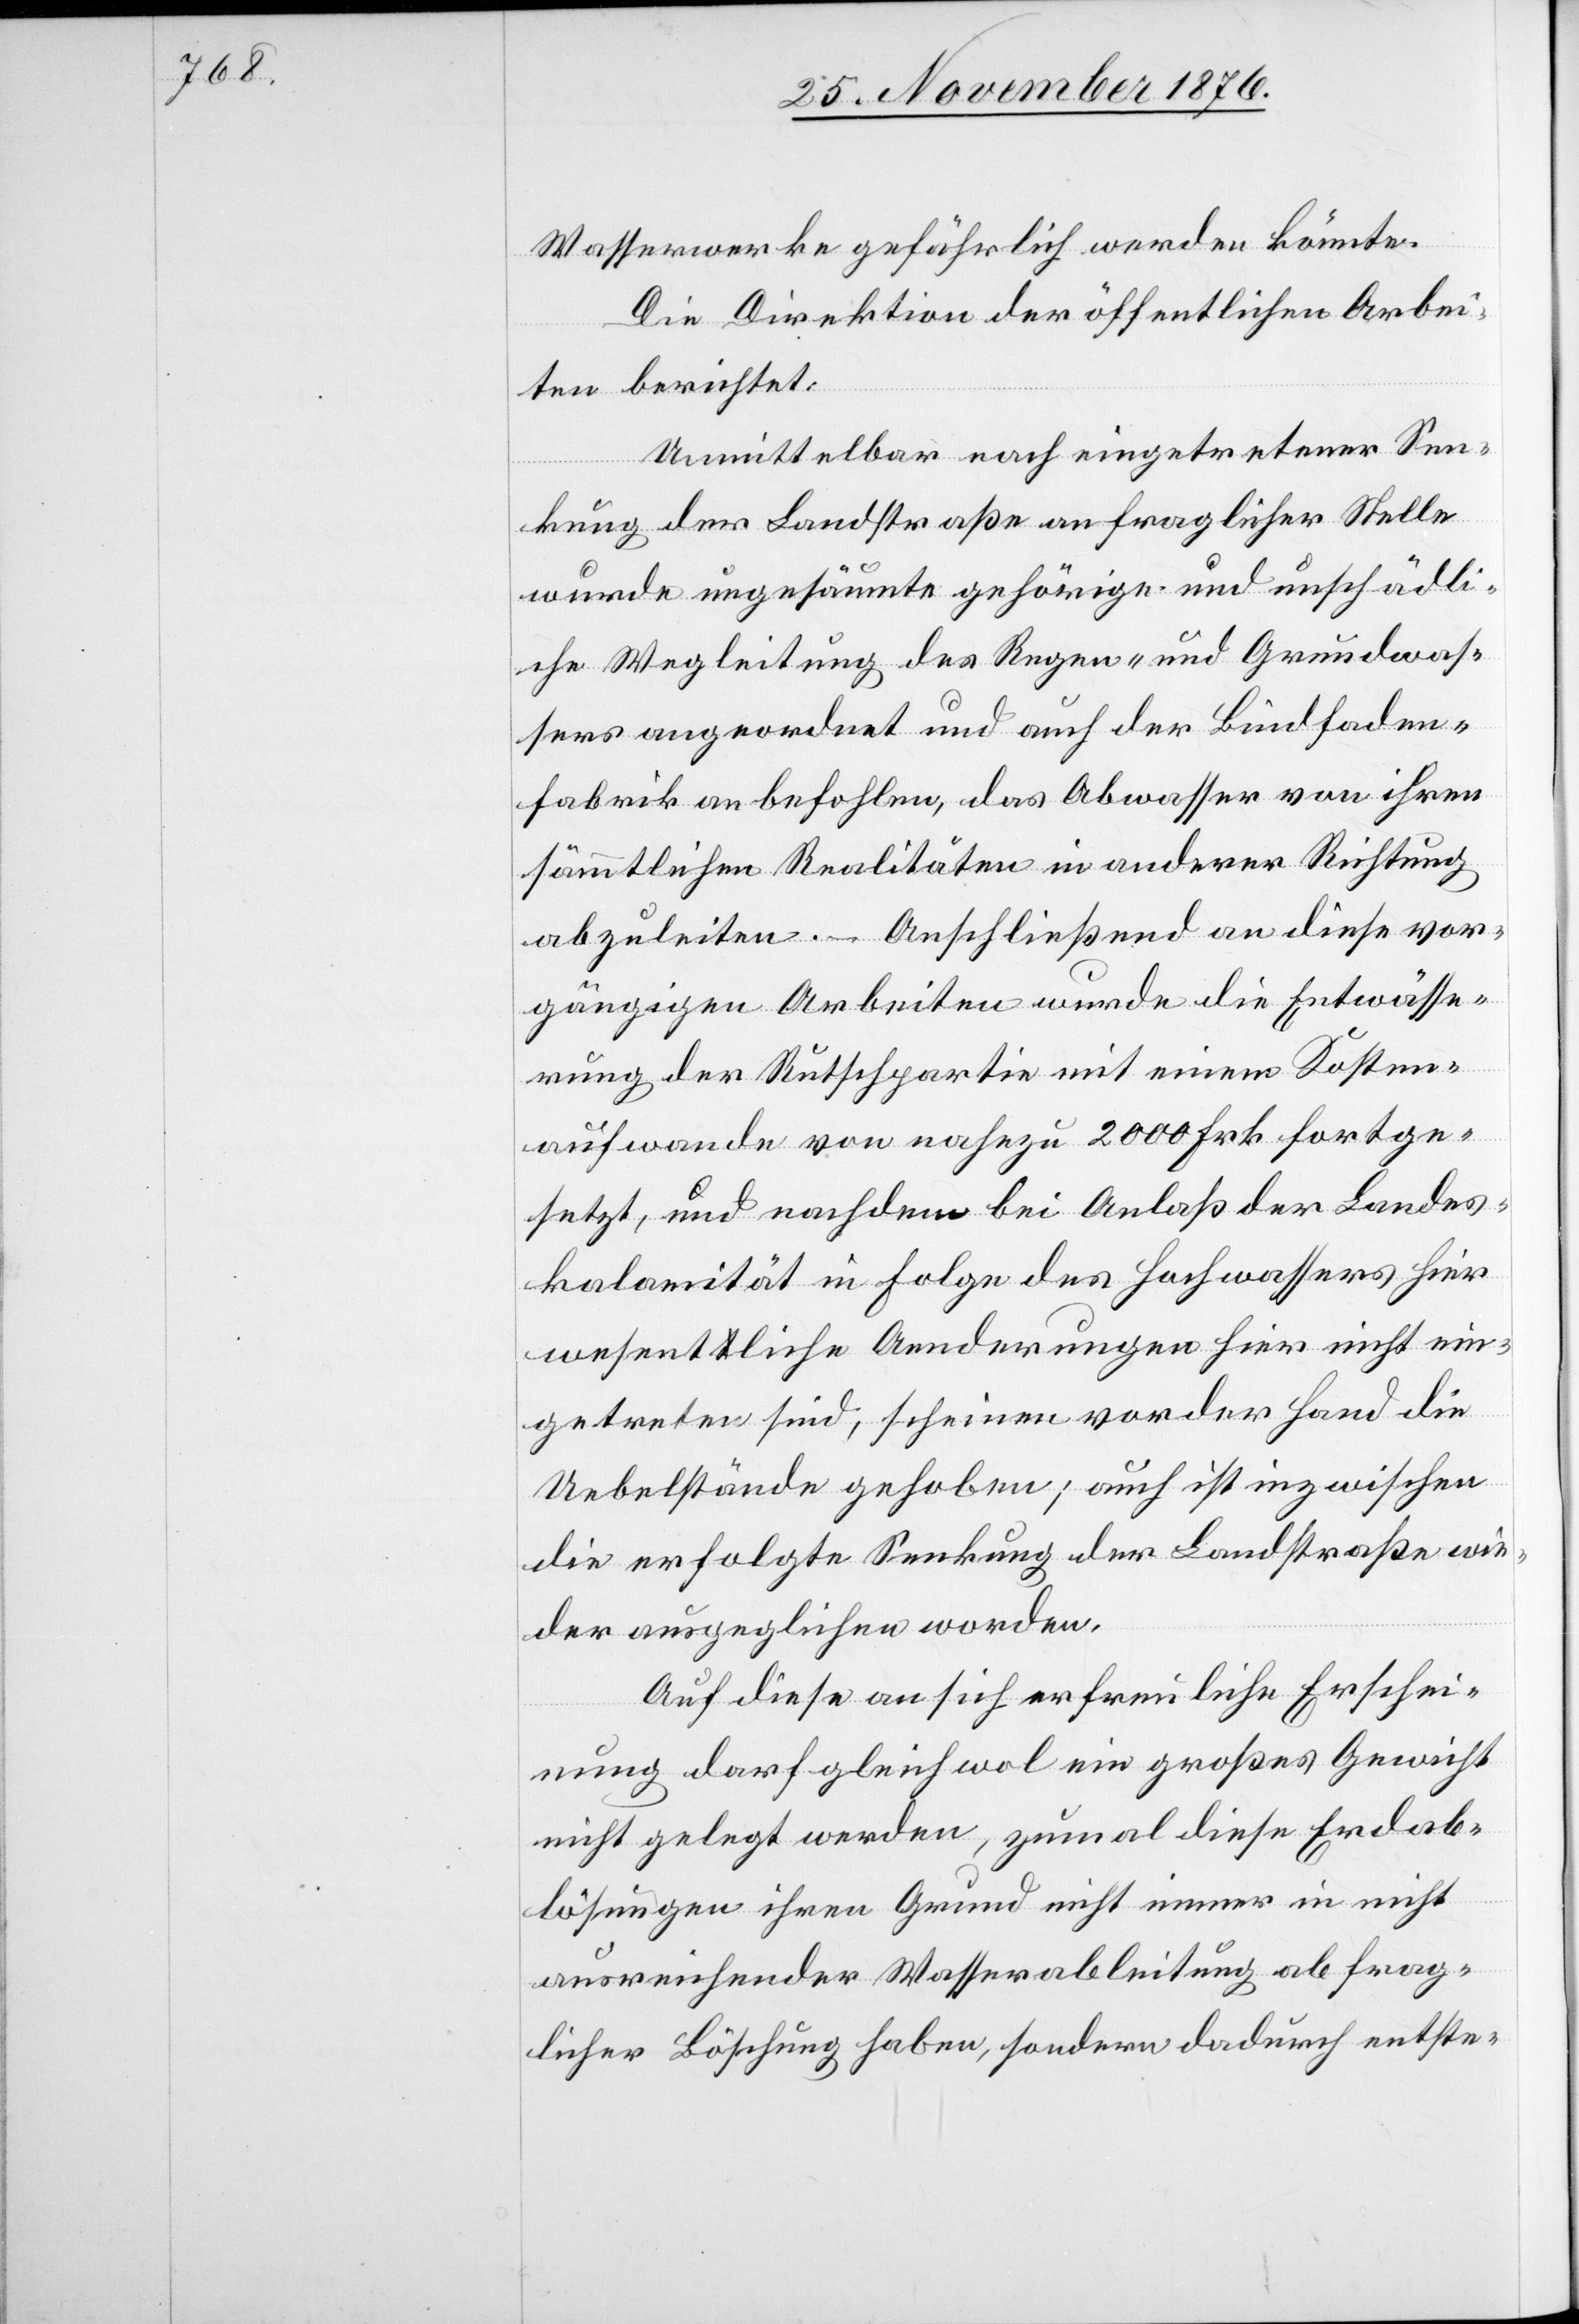
Wasserwerke gefährlich werden könnte.
Die Direktion der öffentlichen Arbei¬
ten berichtet:
Unmittelbar nach eingetretener Sen¬
kung der Landstraße an fraglicher Stelle
wurde ungesäumte gehörige und unschädli¬
che Wegleitung des Regen- und Grundwas¬
sers angeordnet und auch der Bindfaden¬
fabrik anbefohlen, das Abwasser von ihren
sämmtlichen Realitäten in anderer Richtung
abzuleiten. – Anschließend an diese vor¬
gängigen Arbeiten wurde die Entwässe¬
rung der Rutschpartie mit einem Kosten¬
aufwande von nahezu 2000 Frk. fortge¬
setzt und nachdem bei Anlaß der Landes¬
kalamität in Folge des Hochwassers hier
wesentliche Aenderungen hier [sic!] nicht ein¬
getreten sind, scheinen vor der Hand die
Uebelstände gehoben; auch ist inzwischen
die erfolgte Senkung der Landstraße wie¬
der ausgeglichen worden.
Auf diese an sich erfreuliche Erschei¬
nung darf gleichwol ein großes Gewicht
nicht gelegt werden, zumal diese Erdab¬
lösungen ihren Grund nicht immer in nicht
ausreichender Wasserableitung ab frag¬
licher Böschung haben, sondern dadurch entste-